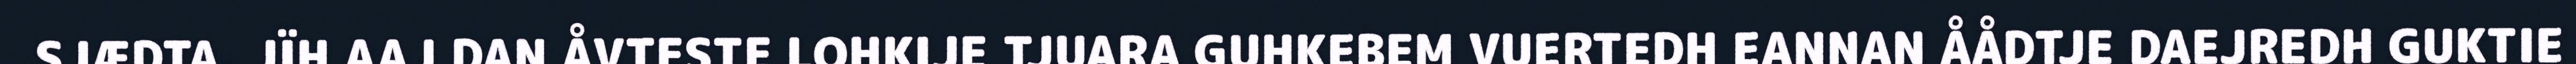
SJÆDTA, JÏH AAJ DAN ÅVTESTE LOHKIJE TJUARA GUHKEBEM VUERTEDH EANNAN ÅÅDTJE DAEJREDH GUKTIE